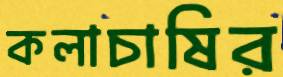
কলাচাষির